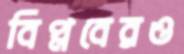
বিপ্লবেরও